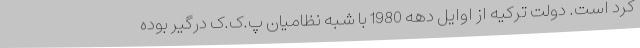
کرد است. دولت ترکیه از اوایل دهه 1980 با شبه نظامیان پ.ک.ک درگیر بوده